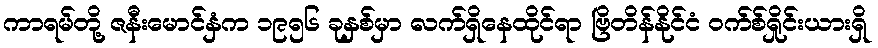
ကာရမ်တို့ ဇနီးမောင်နှံက ၁၉၅၆ ခုနှစ်မှာ လက်ရှိနေထိုင်ရာ ဗြိတိန်နိုင်ငံ ဝက်စ်ရှိုင်းယားရှိ